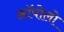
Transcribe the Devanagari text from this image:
ऑपोलो